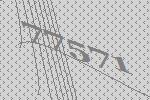
77571